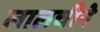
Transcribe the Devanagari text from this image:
लालचीने